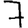
Digit: 7